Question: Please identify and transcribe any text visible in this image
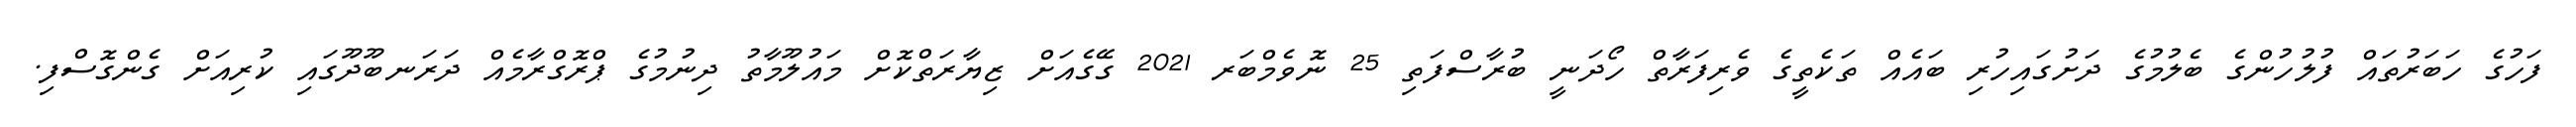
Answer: ފަހުގެ ހަބަރުތައް ފުލުހުންގެ ބެލުމުގެ ދަށުގައިހުރި ބައެއް ތަކެތީގެ ވެރިފަރާތް ހޯދަނީ ބުރާސްފަތި 25 ނޮވެމްބަރ 2021 ގޭގެއަށް ޒިޔާރަތްކޮށް މައުލޫމާތު ދިނުމުގެ ޕްރޮގްރާމެއް ދަރަނބޫދޫގައި ކުރިއަށް ގެންގޮސްފި.